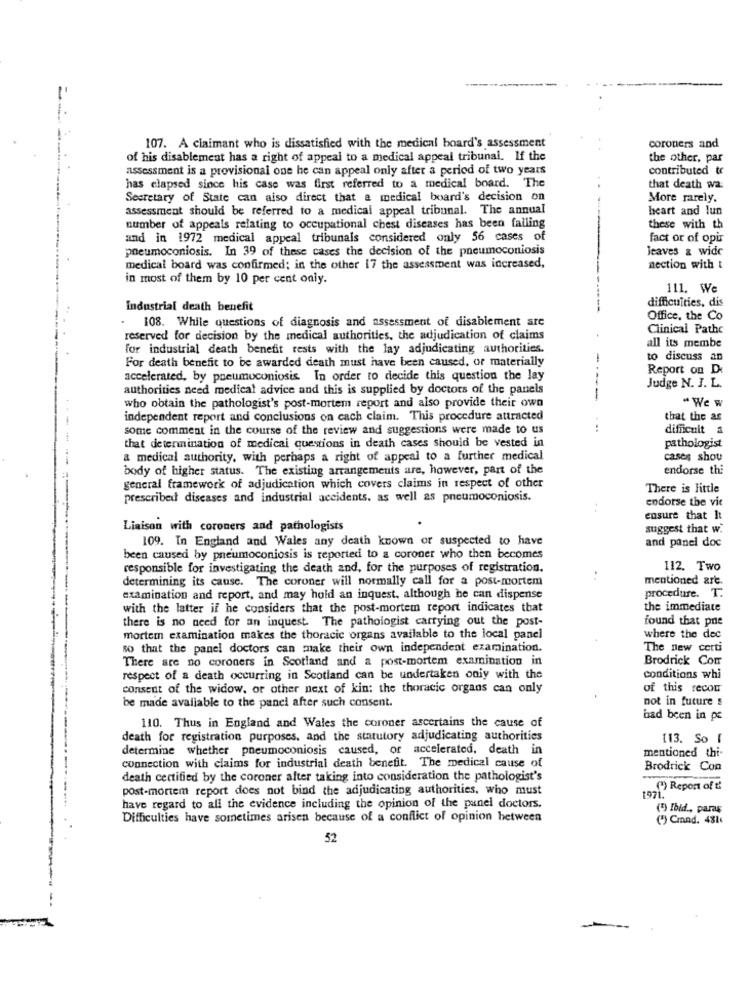
107. A claimant who is dissatisfied with the medical board's assessment
coroners and
of his disablement has a right of appeal to a medical appeal tribunal. If the
the other, par
assessment is a provisional one he can appeal only after a period of two years
contributed tr
---------
has elapsed since his case was first referred to a medical board. The
that death wa:
Secretary of State can aiso direct that a medical board's decision on
More rarely.
assessment should be referred to a medical appeal tribunal. The annual
heart and lun
number of appeals relating to occupational chest diseases has been falling
these with th
and in 1972 medical appeal tribunals considered only 56 cases of
fact or of opis
pneumoconiosis. In 39 of these cases the decision of the pneumoconiosis
leaves & wide
medical board was confirmed; in the other 17 the assessment was increased,
nection with t
in most of them by 10 per cent only.
111. We
difficulties, dis
Industrial death benefit
108. While questions of diagnosis and assessment of disablement are
Office, the Co
Clinical Pathc
reserved for decision by the medical authorities, the adjudication of claims
for industrial death benefit rests with the lay adjudicating authorities.
all its membe
For death benefit to be awarded death must have been caused, or materially
to discuss an
Report on De
accelerated, by pneumoconiosis. In order to decide this question the lay
Judge N. J. L.
authorities need medical advice and this is supplied by doctors of the panels
who obtain the pathologist's post-mortem report and also provide their own
-
" We w
independent report and conclusions on each claim. This procedure attracted
that the as
some comment in the course of the review and suggestions were made to us
difficult a
pathologist
that determination of medical questions in death cases should be vested in
a medical authority, with perhaps a right of appeal to a further medical
cases shou
body of higher status. The existing arrangements are, however, part of the
endorse thi
general framework of adjudication which covers claims in respect of other
There is little
prescribed diseases and industrial accidents. as well as pneumoconiosis.
endorse the vit
ensure that It
Liaison with coroners and pathologists
suggest that w.
109. In England and Wales any death known or suspected to have
and panel doc
been caused by pneumoconiosis is reported to a coroner who then becomes
responsible for investigating the death and, for the purposes of registration.
112. Two
determining its cause. The coroner will normally call for a post-mortem
mentioned are.
procedure. T.
examination and report, and may hold an inquest, although he can dispense
with the latter if he considers that the post-mortem report indicates that
the immediate
there is no need for an inquest. The pathologist carrying out the post-
found that pne
mortem examination makes the thoracic organs available to the local panel
where the dec
so that the panel doctors can make their own independent examination.
The new certi
There are no coroners in Scotland and a post-mortem examination in
Brodrick Com
respect of a death occurring in Scotland can be undertaken oniy with the
conditions whi
consent of the widow, or other next of kin: the thoracic organs can only
of this recou
not in future s
be made available to the panel after such consent.
had been in pe
110. Thus in England and Wales the coroner ascertains the cause of
death for registration purposes, and the statutory adjudicating authorities
113. So I
determine whether pneumoconiosis caused, or accelerated, death in
mentioned thi-
connection with claims for industrial death benefit. The medical cause of
Brodrick Con
death certified by the coroner after taking into consideration the pathologist's
post-mortem report does not bind the adjudicating authorities, who must
(")Report of ti
1971.
have regard to all the evidence including the opinion of the panel doctors.
(3) Ibid ., paraş
Difficulties have sometimes arisen because of a conflict of opinion between
(*) Cmand. 481
52
-